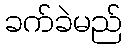
ခက်ခဲမည်